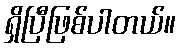
ရှိပြီဖြစ်ပါတယ်။